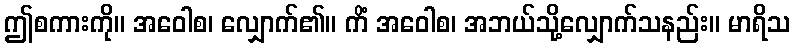
ဤစကားကို။ အဝေါစ၊ လျှောက်၏။ ကိံ အဝေါစ၊ အဘယ်သို့လျှောက်သနည်း။ မာရိသ